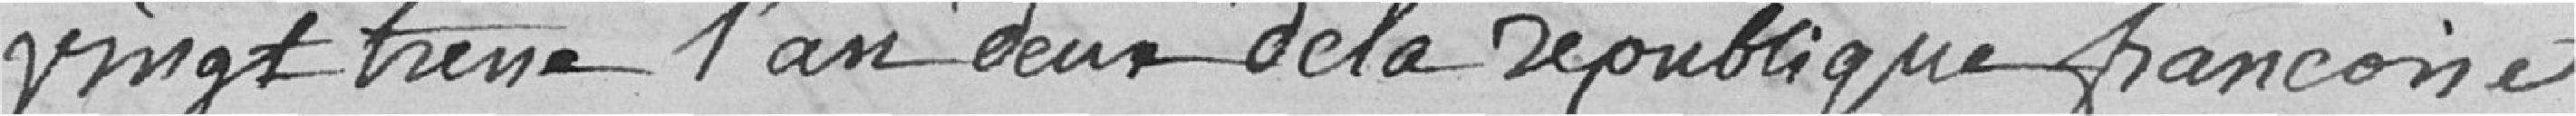
vingt treize l'an deux de la république française